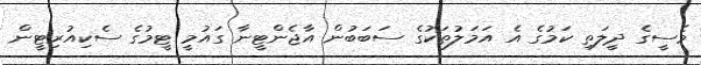
މެސީގެ ދީލަތި ކަމުގެ އެ އަމަލުތަކުގެ ސަބަބުން އާޖެންޓީނާ ގައުމީ ޓީމުގެ ސެކިއުރިޓީން